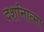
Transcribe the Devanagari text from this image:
दर्शानात्मा